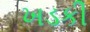
ખડકી